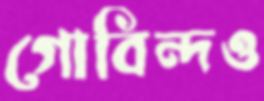
গোবিন্দও